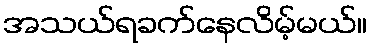
အသယ်ရခက်နေလိမ့်မယ်။